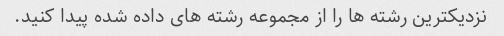
نزدیکترین رشته ها را از مجموعه رشته های داده شده پیدا کنید.